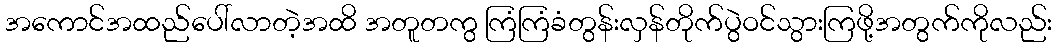
အကောင်အထည်ပေါ်လာတဲ့အထိ အတူတကွ ကြံကြံခံတွန်းလှန်တိုက်ပွဲဝင်သွားကြဖို့အတွက်ကိုလည်း